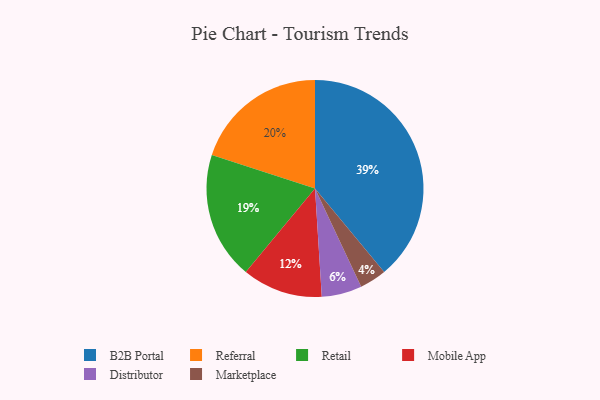
{"axis": {"x": "Category", "y": "Percentage"}, "legend": ["B2B Portal", "Distributor", "Marketplace", "Mobile App", "Referral", "Retail"], "data": [{"x": "B2B Portal", "y": 39, "type": "B2B Portal"}, {"x": "Retail", "y": 19, "type": "Retail"}, {"x": "Referral", "y": 20, "type": "Referral"}, {"x": "Mobile App", "y": 12, "type": "Mobile App"}, {"x": "Marketplace", "y": 4, "type": "Marketplace"}, {"x": "Distributor", "y": 6, "type": "Distributor"}]}